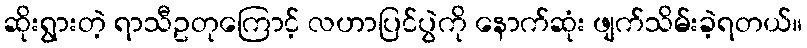
ဆိုးရွားတဲ့ ရာသီဥတုကြောင့် လဟာပြင်ပွဲကို နောက်ဆုံး ဖျက်သိမ်းခဲ့ရတယ်။